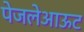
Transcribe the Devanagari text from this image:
पेजलेआऊट